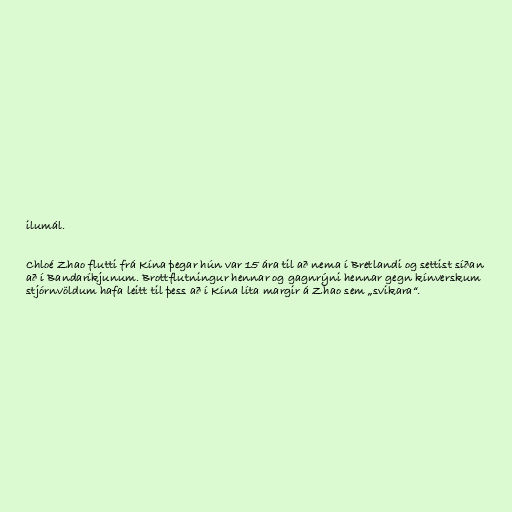
ilumál.

Chloé Zhao flutti frá Kína þegar hún var 15 ára til að nema í Bretlandi og settist síðan
að í Bandaríkjunum. Brottflutningur hennar og gagnrýni hennar gegn kínverskum
stjórnvöldum hafa leitt til þess að í Kína líta margir á Zhao sem „svikara“.